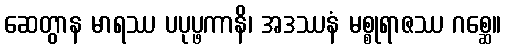
ဆေတွာန မာရဿ ပပုပ္ဖကာနိ၊ အဒဿနံ မစ္စုရာဇဿ ဂစ္ဆေ။